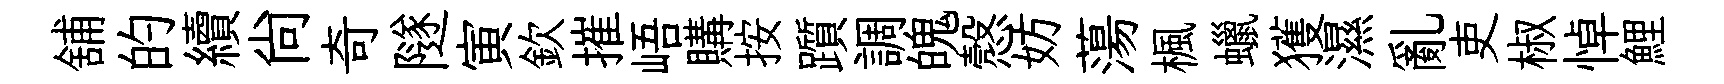
舖的續尙奇隧寅欽摧峿購按躓調魄慤妨蕩楓蠟獲濕亂吏椒悼鯉